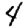
Digit: 4